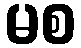
မစ